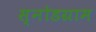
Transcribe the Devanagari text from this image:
स्नोडग्राम